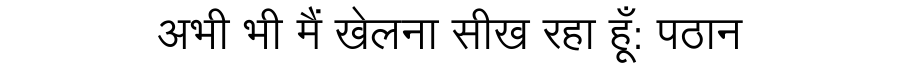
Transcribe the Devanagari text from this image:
अभी भी मैं खेलना सीख रहा हूँ: पठान